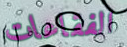
الفقاعات